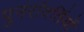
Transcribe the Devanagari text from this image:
पुनर्रावर्तियों